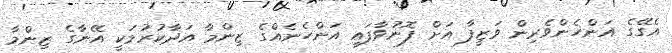
އެގޭގެ އަންހެންވެރިން ވަޒީފާ އަށް ފޮނުވާފައި އަންހެނެއްގެ ޒިންމާ އަދާކުރުމަކީ އޭނާގެ ޒިންމާ